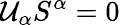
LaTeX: \mathcal{U}_{\alpha}S^{\alpha}=0